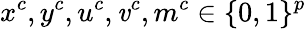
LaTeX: x^{c},y^{c},u^{c},\mathit{v}^{c},m^{c}\in\{ 0,1\} ^{p}